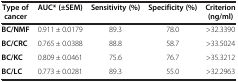
<table><thead><tr><td><b>Type of cancer</b></td><td><b>AUC* (±SEM)</b></td><td><b>Sensitivity (%)</b></td><td><b>Specificity (%)</b></td><td><b>Criterion (ng/ml)</b></td></tr></thead><tbody><tr><td><b>BC/NMF</b></td><td>0.911 ± 0.0179</td><td>89.3</td><td>78.0</td><td>&gt;32.3390</td></tr><tr><td><b>BC/CRC</b></td><td>0.765 ± 0.0388</td><td>88.8</td><td>58.7</td><td>&gt;33.5024</td></tr><tr><td><b>BC/KC</b></td><td>0.809 ± 0.0461</td><td>75.6</td><td>76.7</td><td>&gt;35.3212</td></tr><tr><td><b>BC/LC</b></td><td>0.773 ± 0.0281</td><td>89.3</td><td>55.0</td><td>&gt;32.2963</td></tr></tbody></table>